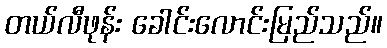
တယ်လီဖုန်း ခေါင်းလောင်းမြည်သည်။